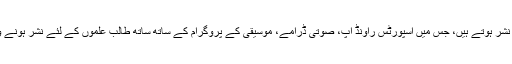
اُن شاندار یادوں کے علاوہ آج بھی ریڈیو پاکستان سے بہت سے معلوماتی پروگرام نشر ہوتے ہیں، جس میں اسپورٹس راؤنڈ اپ، صوتی ڈرامے، موسیقی کے پروگرام کے ساتھ ساتھ طالب علموں کے لئے نشر ہونے والا پروگرام تعلیمی خبرنامہ وغیرہ ہیں، جس میں تعلیمی خبریں نشر کی جاتی ہیں۔